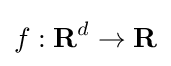
f:{\textbf {R}}^{d}\rightarrow {\textbf {R}}